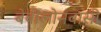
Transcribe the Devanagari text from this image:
बेबीलोनवासी